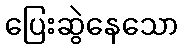
ပြေးဆွဲနေသော